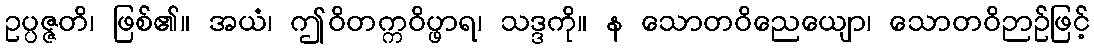
ဥပ္ပဇ္ဇတိ၊ ဖြစ်၏။ အယံ၊ ဤဝိတက္ကဝိပ္ဖာရ၊ သဒ္ဒကို။ န သောတဝိညေယျော၊ သောတဝိဉာဉ်ဖြင့်